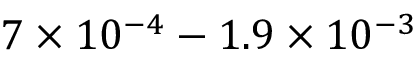
7 \times 1 0 ^ { - 4 } - 1 . 9 \times 1 0 ^ { - 3 }